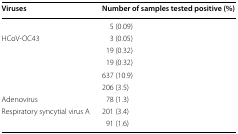
<table><thead><tr><td><b>Viruses</b></td><td><b>Number of samples tested positive (%)</b></td></tr></thead><tbody><tr><td>[EMPTY_CELL]</td><td>5 (0.09)</td></tr><tr><td>HCoV-OC43</td><td>3 (0.05)</td></tr><tr><td>[EMPTY_CELL]</td><td>19 (0.32)</td></tr><tr><td>[EMPTY_CELL]</td><td>19 (0.32)</td></tr><tr><td>[EMPTY_CELL]</td><td>637 (10.9)</td></tr><tr><td>[EMPTY_CELL]</td><td>206 (3.5)</td></tr><tr><td>Adenovirus</td><td>78 (1.3)</td></tr><tr><td>Respiratory syncytial virus A</td><td>201 (3.4)</td></tr><tr><td>[EMPTY_CELL]</td><td>91 (1.6)</td></tr></tbody></table>